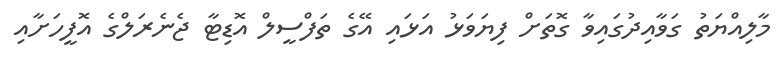
މާލިއްޔަތު ގަވާއިދުގައިވާ ގޮތަށް ފިޔަވަޅު އަޅައި އޭގެ ތަފްސީލް އޮޑިޓާ ޖެނެރަލްގެ އޮފީހަށާއި